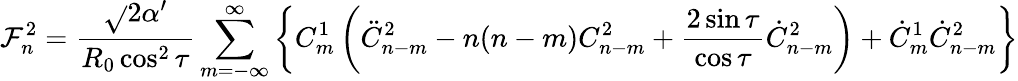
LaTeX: \mathcal{F}_{n}^{2}=\frac{{\sqrt{}{{2\alpha^{\prime}}}}}{{R_{0}\cos^{2}\tau}}\sum_{m=-\infty}^{\infty}\left\{ C_{m}^{1}\left(\ddot{{C}}_{n-m}^{2}-n(n-m)C_{n-m}^{2}+\frac{{2\sin\tau}}{{\cos\tau}}\dot{{C}}_{n-m}^{2}\right)+\dot{{C}}_{m}^{1}\dot{{C}}_{n-m}^{2}\right\}